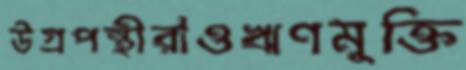
উগ্রপন্থীরাওঋণমুক্তি